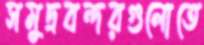
সমুদ্রবন্দরগুলোতে